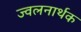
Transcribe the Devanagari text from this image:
ज्वलनार्थक